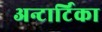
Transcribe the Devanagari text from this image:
अन्टार्टिका